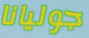
جوليانا